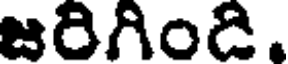
జరిగింది.